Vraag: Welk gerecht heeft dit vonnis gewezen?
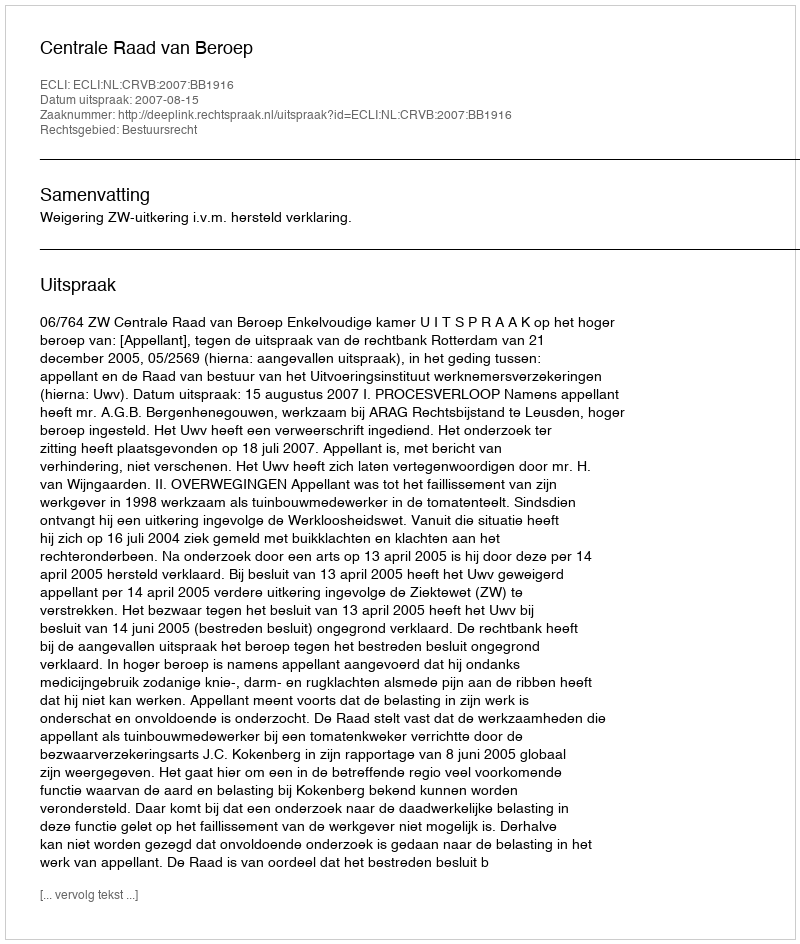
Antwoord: Centrale Raad van Beroep